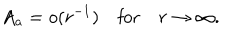
LaTeX: A _ { a } = o ( r ^ { - 1 } ) \quad \mathrm { f o r } \quad r \to \infty .